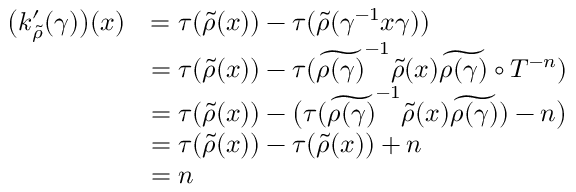
\begin{array} { r l } { \big ( k _ { \widetilde { \rho } } ^ { \prime } ( \gamma ) \big ) ( x ) } & { = \tau ( \widetilde { \rho } ( x ) ) - \tau ( \widetilde { \rho } ( \gamma ^ { - 1 } x \gamma ) ) } \\ & { = \tau ( \widetilde { \rho } ( x ) ) - \tau ( \widetilde { \rho ( \gamma ) } ^ { - 1 } \widetilde { \rho } ( x ) \widetilde { \rho ( \gamma ) } \circ T ^ { - n } ) } \\ & { = \tau ( \widetilde { \rho } ( x ) ) - \big ( \tau ( \widetilde { \rho ( \gamma ) } ^ { - 1 } \widetilde { \rho } ( x ) \widetilde { \rho ( \gamma ) } ) - n \big ) } \\ & { = \tau ( \widetilde { \rho } ( x ) ) - \tau ( \widetilde { \rho } ( x ) ) + n } \\ & { = n } \end{array}